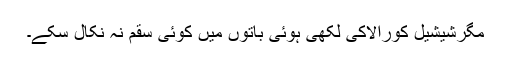
مگرشیشیل کورالاکی لکھی ہوئی باتوں میں کوئی سقم نہ نکال سکے۔